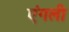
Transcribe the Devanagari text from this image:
एंगली